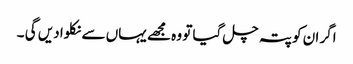
اگر ان کو پتہ چل گیا تو وہ مجھے یہاں سے نکلوا دیں گی ۔